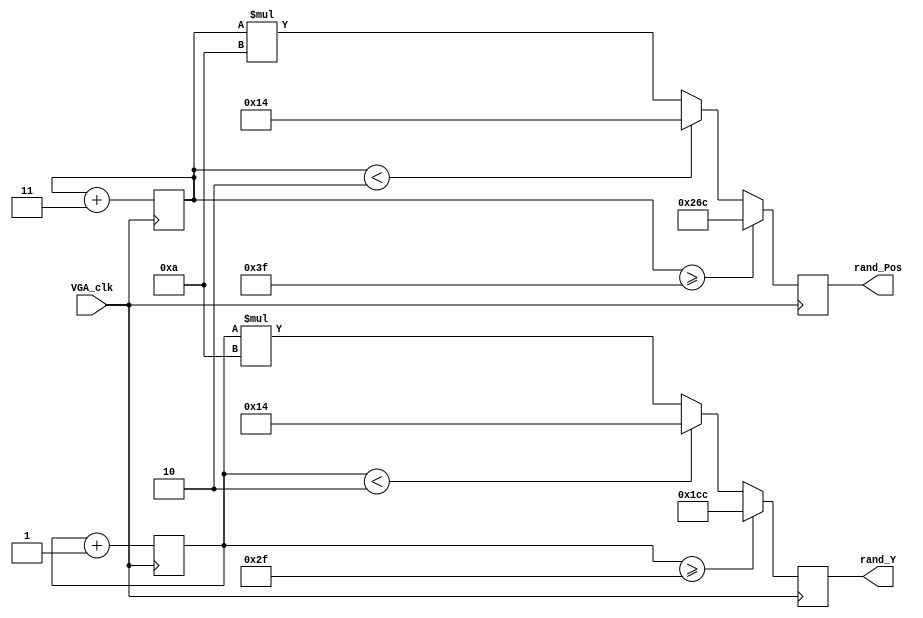
module rand_YandPos(VGA_clk, rand_Y, rand_Pos);
  input VGA_clk;
  output reg [9:0] rand_Pos;
  output reg [8:0] rand_Y;
  reg [5:0] pointPos, pointY = 10;

  always @(posedge VGA_clk)
    pointPos <= pointPos + 3;
  always @(posedge VGA_clk)
    pointY <= pointY + 1;

  always @(posedge VGA_clk) begin
    if (pointPos >= 63)
      rand_Pos <= 620;
    else if (pointPos < 2)
      rand_Pos <= 20;
    else
      rand_Pos <= (pointPos * 10);
  end

  always @(posedge VGA_clk) begin
    if (pointY>=47) rand_Y <=460;
    else if (pointY<2) rand_Y <= 20;
    else rand_Y <= (pointY * 10);
  end

endmodule